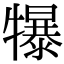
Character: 犦